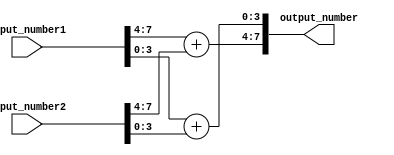
module fixed_point_adder (
    input wire [7:0] input_number1,
    input wire [7:0] input_number2,
    output reg [7:0] output_number
);

reg [3:0] intermediate_result1;
reg [3:0] intermediate_result2;
reg [3:0] intermediate_result3;

always @(*)
begin
    intermediate_result1 = input_number1[7:4] + input_number2[7:4];
    intermediate_result2 = input_number1[3:0] + input_number2[3:0];
    intermediate_result3 = intermediate_result1[3:0] + intermediate_result2[3:0];
    
    output_number = {intermediate_result1[3:0], intermediate_result2};
end

endmodule